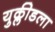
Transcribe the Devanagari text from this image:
युक्लीडला